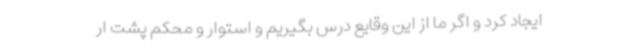
ایجاد کرد و اگر ما از این وقایع درس بگیریم و استوار و محکم پشت ار